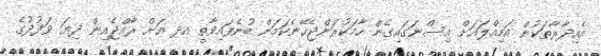
އެއިދާރާތަކުން އަމިއްލައަށް އިސްނަގައިގެން ހާމަކުރަންޖެހޭނެކަމަށް ބުނެފައިވާތީ އދ އަށް ރާއްޖެއިން ދިޔަ ވަފުދުގެ